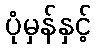
ပုံမှန်နှင့်